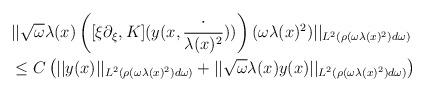
LaTeX: \begin{align*}&||\sqrt{\omega} \lambda(x)\left([\xi \partial_{\xi},K](y(x,\frac{\cdot}{\lambda(x)^{2}}))\right)(\omega \lambda(x)^{2})||_{L^{2}(\rho(\omega \lambda(x)^{2}) d\omega)} \\&\leq C\left(||y(x)||_{L^{2}(\rho(\omega \lambda(x)^{2}) d\omega)}+||\sqrt{\omega} \lambda(x) y(x) ||_{L^{2}(\rho(\omega \lambda(x)^{2}) d\omega)}\right)\end{align*}